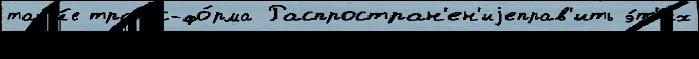
так'и́е транс-фо́рма Распростран'ен'иjеправ'ить э́т'их